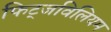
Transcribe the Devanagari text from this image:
फिट्जविलियम